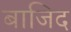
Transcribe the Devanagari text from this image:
बाजिद